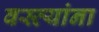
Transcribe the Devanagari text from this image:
वस्त्यांना